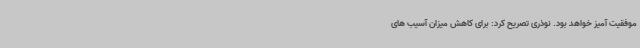
موفقیت آمیز خواهد بود. نوذری تصریح کرد: برای کاهش میزان آسیب های